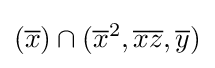
({\overline {x}})\cap ({\overline {x}}^{2},{\overline {x}}{\overline {z}},{\overline {y}})